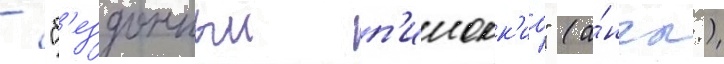
- "б'ездонныи п'инокк'ио" (а́нгл.)